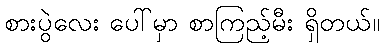
စားပွဲလေး ပေါ်မှာ စာကြည့်မီး ရှိတယ်။